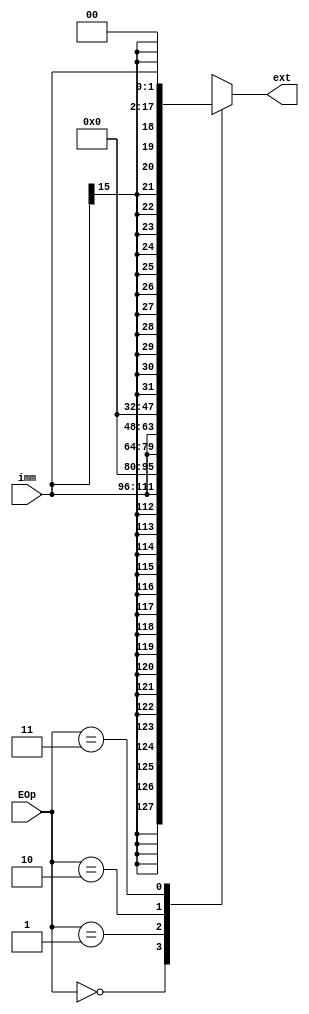
module ext(
	input [15:0] imm,
	input [1:0] EOp,
	output reg [31:0] ext
);
	always @(*) begin
		case (EOp)
			2'b00: ext <= $signed({imm, 16'b0}) >>> 16;
			2'b01: ext <= {16'b0, imm};
			2'b10: ext <= {imm, 16'b0};
			2'b11: ext <= $signed({imm, 16'b0}) >>> 14;
		endcase
	end
endmodule